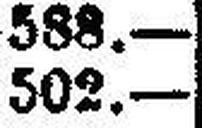
502.—